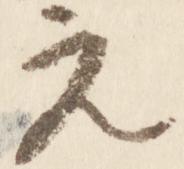
元